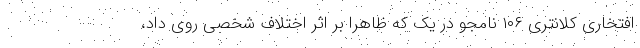
افتخاری کلانتری ۱۰۶ نامجو در یک که ظاهراً بر اثر اختلاف شخصی روی داد،